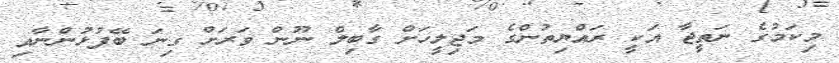
މިކަމުގެ ނަތީޖާ އަކީ ރައްޔިތުންގެ މަޖިލީހަށް ގާބިލް ނޫން ވަރަށް ގިނަ ބޭފުޅުންނާއި